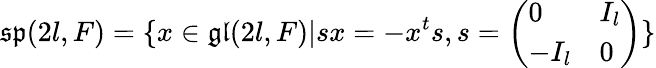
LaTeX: {\mathfrak{sp}}(2l,F)=\{ x\in{\mathfrak{gl}}(2l,F)|sx=-x^{t}s,s={\left(\begin{array}{ll}{0}&{I_{l}}\\ {-I_{l}}&{0}\end{array}\right)}\}